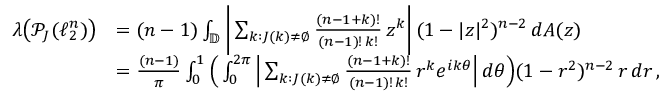
\begin{array} { r l } { \boldsymbol { \lambda } \big ( \mathcal { P } _ { J } ( \ell _ { 2 } ^ { n } ) \big ) } & { = ( n - 1 ) \int _ { \mathbb { D } } \bigg | \sum _ { k : J ( k ) \neq \emptyset } \frac { ( n - 1 + k ) ! } { ( n - 1 ) ! \, k ! } \, z ^ { k } \bigg | \, ( 1 - | z | ^ { 2 } ) ^ { n - 2 } \, d A ( z ) } \\ & { = \frac { ( n - 1 ) } { \pi } \int _ { 0 } ^ { 1 } \Big ( \int _ { 0 } ^ { 2 \pi } \Big | \sum _ { k : J ( k ) \neq \emptyset } \frac { ( n - 1 + k ) ! } { ( n - 1 ) ! \, k ! } \, r ^ { k } e ^ { i k \theta } \Big | \, d \theta \Big ) ( 1 - r ^ { 2 } ) ^ { n - 2 } \, r \, d r \, , } \end{array}